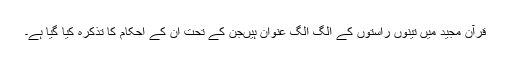
قرآن مجيد ميں تينوں راستوں کے الگ الگ عنوان ہيںجن کے تحت ان کے احکام کا تذکرہ کيا گيا ہے۔